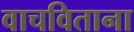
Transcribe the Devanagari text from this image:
वाचविताना